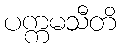
ပက္ကမသီတိ